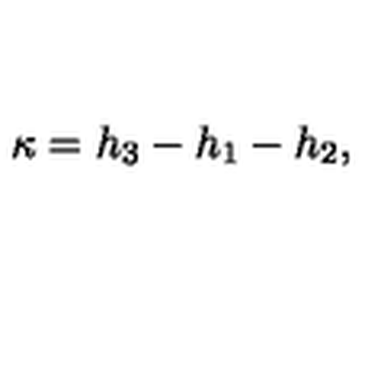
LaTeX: \kappa = h _ { 3 } - h _ { 1 } - h _ { 2 } ,